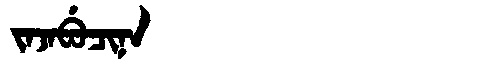
Manchu: ᠵᠠᠵᠠᠪᡠᠴᡳᠨᠠ
Romanization: JAJABUCINA